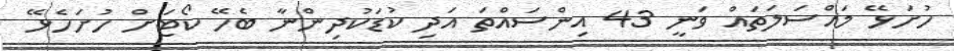
ހުށަޅޭ މައްސަލަތައް ވަނީ 43 އިންސައްތަ އަދި ކުޑަކުދިންނާ ބެހޭ ކޯޓަށް ހުށަހެޅޭ